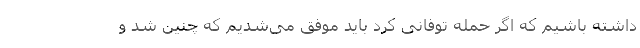
داشته باشیم که اگر حمله توفانی کرد باید موفق می‌شدیم که چنین شد و